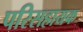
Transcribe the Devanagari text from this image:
परिसहायक